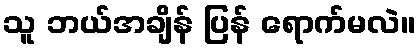
သူ ဘယ်အချိန် ပြန် ရောက်မလဲ။